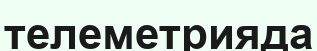
телеметрияда